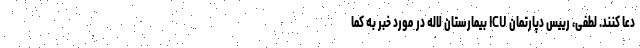
دعا کنند. لطفی، رییس دپارتمان ICU بیمارستان لاله در مورد خبر به کما